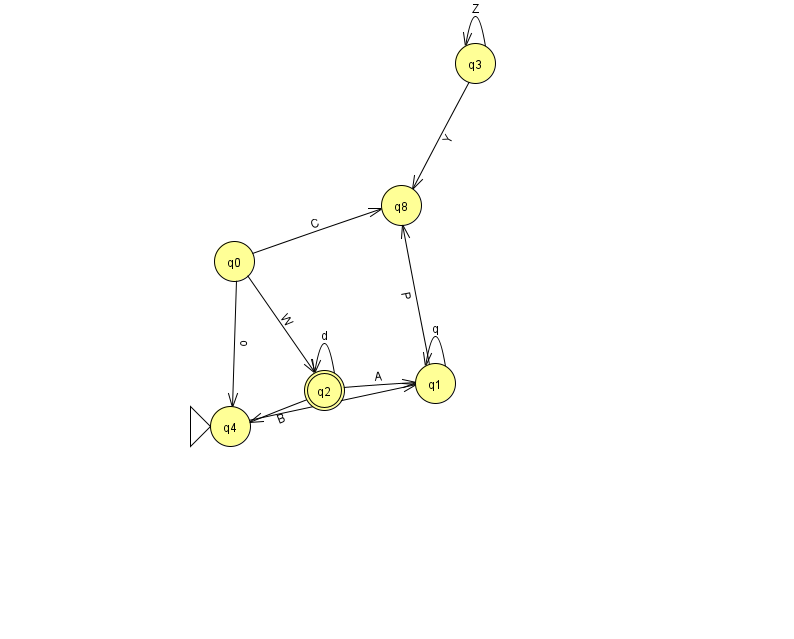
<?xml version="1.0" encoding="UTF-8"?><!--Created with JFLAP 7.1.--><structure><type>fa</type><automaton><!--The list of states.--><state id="0" name="q0"><x>234.0</x><y>248.0</y></state><state id="1" name="q1"><x>435.0</x><y>370.0</y></state><state id="2" name="q2"><x>324.0</x><y>377.0</y><final/></state><state id="3" name="q3"><x>475.0</x><y>50.0</y></state><state id="4" name="q4"><x>230.0</x><y>413.0</y><initial/></state><state id="8" name="q8"><x>401.0</x><y>192.0</y></state><!--The list of transitions.--><transition><from>0</from><to>2</to><read>W</read></transition><transition><from>1</from><to>1</to><read>q</read></transition><transition><from>0</from><to>4</to><read>o</read></transition><transition><from>2</from><to>2</to><read>d</read></transition><transition><from>0</from><to>8</to><read>C</read></transition><transition><from>2</from><to>4</to><read>B</read></transition><transition><from>3</from><to>3</to><read>Z</read></transition><transition><from>1</from><to>8</to><read>P</read></transition><transition><from>3</from><to>8</to><read>Y</read></transition><transition><from>2</from><to>1</to><read>A</read></transition><transition><from>4</from><to>1</to><read>k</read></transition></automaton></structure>